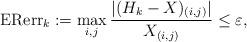
LaTeX: \begin{align*}\mathrm{ERerr}_k:= \max_{i,j} \frac{|(H_k-X)_{(i,j)}|}{X_{(i,j)}} \le \varepsilon,\end{align*}